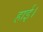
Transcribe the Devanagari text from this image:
हाई।